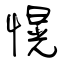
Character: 愰